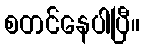
စတင်နေပါပြီ။